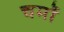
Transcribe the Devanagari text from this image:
चर्मो